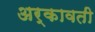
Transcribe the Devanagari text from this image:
अर्कावती